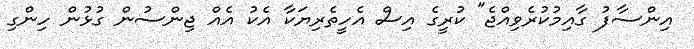
އިންސާފު ގާއިމުކުރެވިއްޖެ" ކުރީގެ އިސް އެހީތެރިޔަކާ އެކު އެއް ޖިންސުން ގުޅުން ހިންގި